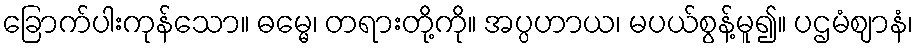
ခြောက်ပါးကုန်သော။ ဓမ္မေ၊ တရားတို့ကို။ အပ္ပဟာယ၊ မပယ်စွန့်မူ၍။ ပဌမံဈာနံ၊